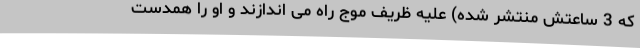
که 3 ساعتش منتشر شده) علیه ظریف موج راه می اندازند و او را همدست